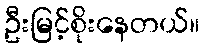
ဦးမြင့်စိုးနေတယ်။